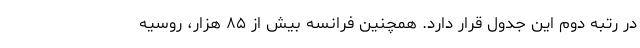
در رتبه دوم این جدول قرار دارد. همچنین فرانسه بیش از ۸۵ هزار، روسیه